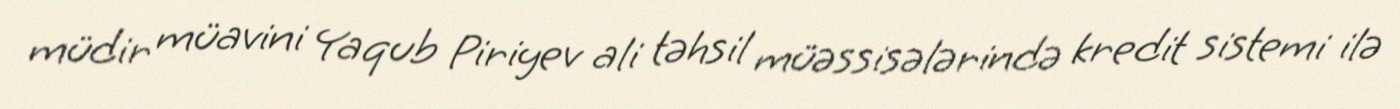
müdir müavini Yaqub Piriyev ali təhsil müəssisələrində kredit sistemi ilə